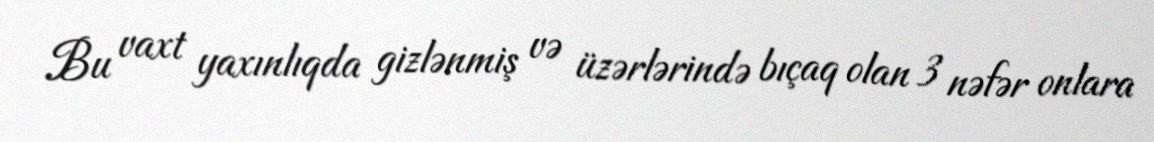
Bu vaxt yaxınlıqda gizlənmiş və üzərlərində bıçaq olan 3 nəfər onlara